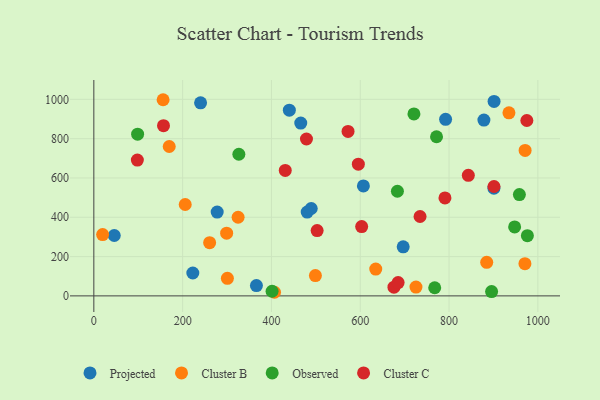
{"axis": {"x": "Study Hours", "y": "Exam Score"}, "legend": ["Cluster B", "Cluster C", "Observed", "Projected"], "data": [{"x": "480.5", "y": 426.3, "type": "Projected"}, {"x": "489.6", "y": 444.6, "type": "Projected"}, {"x": "901.0", "y": 548.0, "type": "Projected"}, {"x": "878.5", "y": 894.4, "type": "Projected"}, {"x": "607.1", "y": 559.4, "type": "Projected"}, {"x": "240.4", "y": 982.1, "type": "Projected"}, {"x": "792.2", "y": 898.4, "type": "Projected"}, {"x": "901.4", "y": 989.7, "type": "Projected"}, {"x": "46.0", "y": 307.4, "type": "Projected"}, {"x": "466.0", "y": 879.1, "type": "Projected"}, {"x": "440.3", "y": 945.1, "type": "Projected"}, {"x": "277.8", "y": 426.6, "type": "Projected"}, {"x": "222.9", "y": 116.4, "type": "Projected"}, {"x": "366.2", "y": 52.3, "type": "Projected"}, {"x": "696.7", "y": 249.5, "type": "Projected"}, {"x": "260.8", "y": 271.0, "type": "Cluster B"}, {"x": "205.8", "y": 465.1, "type": "Cluster B"}, {"x": "970.9", "y": 164.0, "type": "Cluster B"}, {"x": "19.8", "y": 311.9, "type": "Cluster B"}, {"x": "299.1", "y": 319.1, "type": "Cluster B"}, {"x": "634.9", "y": 136.4, "type": "Cluster B"}, {"x": "169.8", "y": 760.1, "type": "Cluster B"}, {"x": "406.9", "y": 18.4, "type": "Cluster B"}, {"x": "934.9", "y": 931.3, "type": "Cluster B"}, {"x": "156.0", "y": 998.1, "type": "Cluster B"}, {"x": "324.9", "y": 400.2, "type": "Cluster B"}, {"x": "884.8", "y": 170.7, "type": "Cluster B"}, {"x": "971.3", "y": 740.3, "type": "Cluster B"}, {"x": "725.5", "y": 44.8, "type": "Cluster B"}, {"x": "300.8", "y": 89.5, "type": "Cluster B"}, {"x": "499.0", "y": 103.3, "type": "Cluster B"}, {"x": "895.8", "y": 21.8, "type": "Observed"}, {"x": "401.4", "y": 23.5, "type": "Observed"}, {"x": "720.9", "y": 926.0, "type": "Observed"}, {"x": "947.7", "y": 350.7, "type": "Observed"}, {"x": "958.4", "y": 515.7, "type": "Observed"}, {"x": "683.7", "y": 532.5, "type": "Observed"}, {"x": "767.7", "y": 41.4, "type": "Observed"}, {"x": "326.6", "y": 720.8, "type": "Observed"}, {"x": "976.4", "y": 306.2, "type": "Observed"}, {"x": "771.8", "y": 809.7, "type": "Observed"}, {"x": "98.6", "y": 822.7, "type": "Observed"}, {"x": "603.2", "y": 352.5, "type": "Cluster C"}, {"x": "901.2", "y": 556.5, "type": "Cluster C"}, {"x": "572.5", "y": 836.7, "type": "Cluster C"}, {"x": "431.1", "y": 638.6, "type": "Cluster C"}, {"x": "675.9", "y": 44.2, "type": "Cluster C"}, {"x": "156.9", "y": 866.2, "type": "Cluster C"}, {"x": "98.0", "y": 690.8, "type": "Cluster C"}, {"x": "843.4", "y": 613.3, "type": "Cluster C"}, {"x": "790.8", "y": 498.5, "type": "Cluster C"}, {"x": "478.9", "y": 798.2, "type": "Cluster C"}, {"x": "975.2", "y": 892.3, "type": "Cluster C"}, {"x": "502.9", "y": 332.3, "type": "Cluster C"}, {"x": "595.7", "y": 670.1, "type": "Cluster C"}, {"x": "734.7", "y": 404.0, "type": "Cluster C"}, {"x": "685.3", "y": 67.9, "type": "Cluster C"}]}